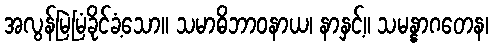
အလွန်မြဲမြံခိုင်ခံ့သော။ သမာဓိဘာဝနာယ၊ နာနှင့်။ သမန္နာဂတေန၊